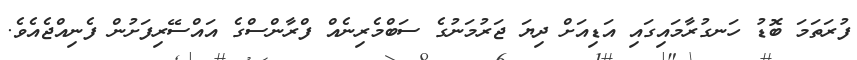
ފުރަތަމަ ބޮޑު ހަނގުރާމައިގައި އަޑިއަށް ދިޔަ ޖަރުމަނުގެ ސަބްމެރިނެއް ފްރާންސްގެ އައްސޭރިފަށުން ފެނިއްޖެއެވެ.